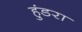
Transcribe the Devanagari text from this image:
हुंडरा